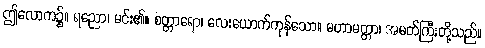
ဤလောက၌။ ရညော၊ မင်း၏။ စတ္တာရော၊ လေးယောက်ကုန်သော။ မဟာမတ္တာ၊ အမတ်ကြီးတို့သည်။